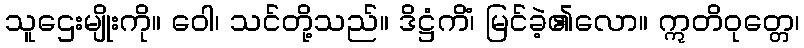
သူဌေးမျိုးကို။ ဝေါ၊ သင်တို့သည်။ ဒိဋ္ဌံကိံ၊ မြင်ခဲ့၏လော။ ဣတိဝုတ္တေ၊